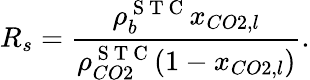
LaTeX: R_{s}=\frac{\rho_{b}^{\mathrm{~S~T~C~}}x_{CO2,l}}{\rho_{CO2}^{\mathrm{~S~T~C~}}(1-x_{CO2,l})}.